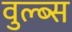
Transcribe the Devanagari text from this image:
वुल्ब्स